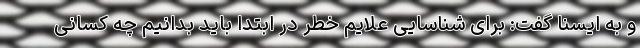
و به ایسنا گفت: برای شناسایی علایم خطر در ابتدا باید بدانیم چه کسانی